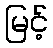
မြင့်